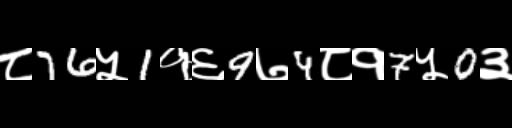
Text: ८76५1१६9७4८१7५0३